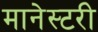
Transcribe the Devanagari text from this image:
मानेस्टरी